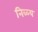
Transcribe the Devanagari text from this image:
निळ्य